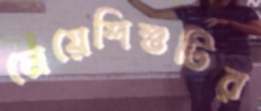
মেয়েশিশুটির